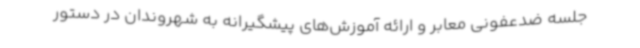
جلسه ضدعفونی معابر و ارائه آموزش‌های پیشگیرانه به شهروندان در دستور